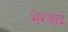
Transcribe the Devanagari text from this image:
भेरवाई